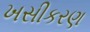
ખસીકરણ